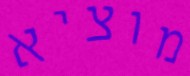
מוציא